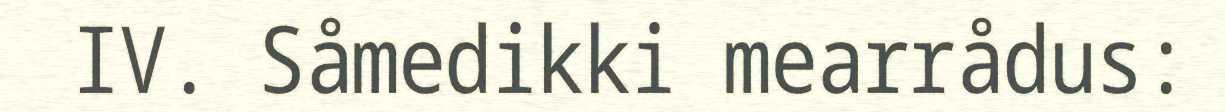
IV. Såmedikki mearrådus: